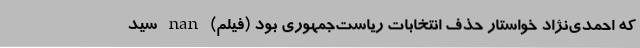
که احمدی‌نژاد خواستار حذف انتخابات ریاست‌جمهوری بود (فیلم) nan سید